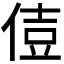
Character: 𠊪